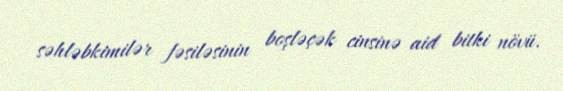
səhləbkimilər fəsiləsinin boşləçək cinsinə aid bitki növü.